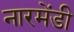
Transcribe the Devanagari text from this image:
नारमेंडी